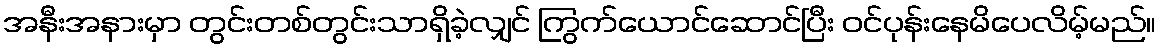
အနီးအနားမှာ တွင်းတစ်တွင်းသာရှိခဲ့လျှင် ကြွက်ယောင်ဆောင်ပြီး ဝင်ပုန်းနေမိပေလိမ့်မည်။